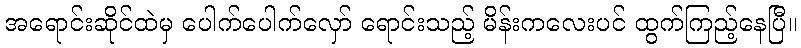
အရောင်းဆိုင်ထဲမှ ပေါက်ပေါက်လှော် ရောင်းသည့် မိန်းကလေးပင် ထွက်ကြည့်နေပြီ။